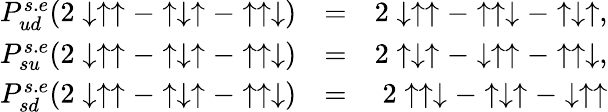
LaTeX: \begin{array}{rlr}{P_{ud}^{s.e}(2\downarrow\uparrow\uparrow-\uparrow\downarrow\uparrow-\uparrow\uparrow\downarrow)}&{=}&{2\downarrow\uparrow\uparrow-\uparrow\uparrow\downarrow-\uparrow\downarrow\uparrow,}\\ {P_{su}^{s.e}(2\downarrow\uparrow\uparrow-\uparrow\downarrow\uparrow-\uparrow\uparrow\downarrow)}&{=}&{2\uparrow\downarrow\uparrow-\downarrow\uparrow\uparrow-\uparrow\uparrow\downarrow,}\\ {P_{sd}^{s.e}(2\downarrow\uparrow\uparrow-\uparrow\downarrow\uparrow-\uparrow\uparrow\downarrow)}&{=}&{2\uparrow\uparrow\downarrow-\uparrow\downarrow\uparrow-\downarrow\uparrow\uparrow}\end{array}